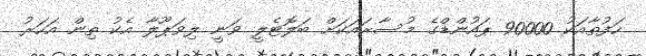
ހަފުތާއަކު 90000 ޕައުންޑްގެ މުސާރައަކަށް ބަލޮޓެލީ ވަނީ ލިވަޕޫލާ އެކު ތިން އަހަރު